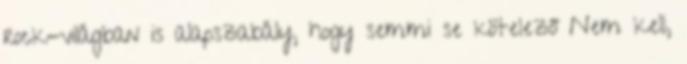
rock-világban is alapszabály, hogy semmi se kötelező Nem kell,